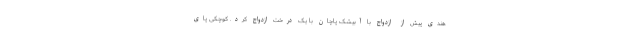
هندی پیش از ازدواج با آبیشک پاچان با یک درخت ازدواج کرد. کوچکی پای